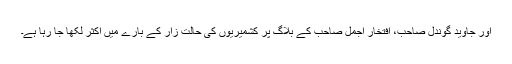
اور جاوید گوندل صاحب، افتخار اجمل صاحب کے بلاگ پر کشمیریوں کی حالت زار کے بارے میں اکثر لکھا جا رہا ہے۔